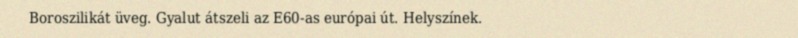
Boroszilikát üveg. Gyalut átszeli az E60-as európai út. Helyszínek.